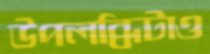
উপলব্ধিটাও